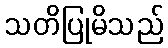
သတိပြုမိသည်